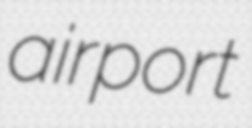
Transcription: airport